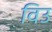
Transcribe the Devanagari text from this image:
विउ